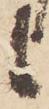
候